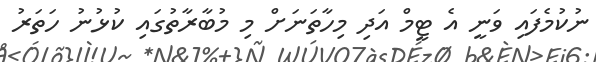
ނުކުމެފައި ވަނީ އެ ޓީމް އަދި މިހާތަނަށް މި މުބާރާތުގައި ކުޅުނު ހަތަރު